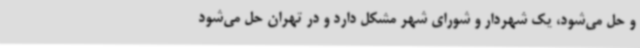
و حل می‌شود، یک شهردار و شورای شهر مشکل دارد و در تهران حل می‌شود